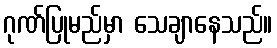
ဂုဏ်ပြုမည်မှာ သေချာနေသည်။